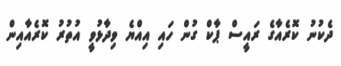
ދެކުނު ކޮރެއާގެ ރައީސް ޕާކް ގުން ހައި އިއްޔެ ވިދާޅުވީ އުތުރު ކޮރެއާއިން